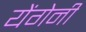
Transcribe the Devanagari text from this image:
येंगेनी